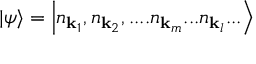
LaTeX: | \psi \rangle = \left| n _ { \mathbf { k } _ { 1 } } , n _ { \mathbf { k } _ { 2 } } , . . . . n _ { \mathbf { k } _ { m } } . . . n _ { \mathbf { k } _ { l } } . . . \right\rangle